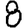
Digit: 8